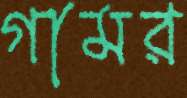
গামর